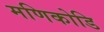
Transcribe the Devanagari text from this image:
मणिकोडि